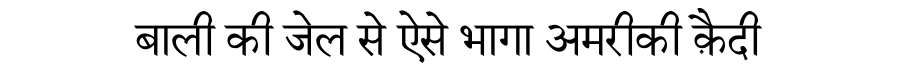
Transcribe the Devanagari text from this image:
बाली की जेल से ऐसे भागा अमरीकी क़ैदी